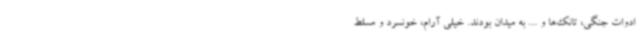
ادوات جنگی، تانک‌ها و ... به میدان بودند. خیلی آرام، خونسرد و مسلط